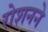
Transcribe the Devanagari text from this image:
रोशनने